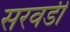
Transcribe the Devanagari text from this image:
सरवडी